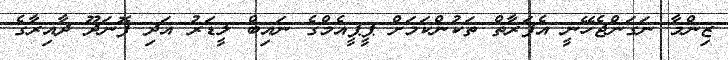
ޒިންމާ ނަގަންޖެހޭނީ އެފަރާތް ތަކުންކަމަށް ޕީޕީއެމްގެ ނައިބް ލީޑަރު އަދި ފޮނަދޫ ދާއިރާގެ